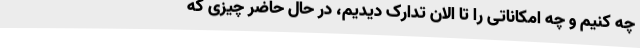
چه کنیم و چه امکاناتی را تا الان تدارک دیدیم، در حال حاضر چیزی که